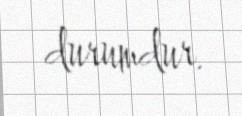
durumdur.